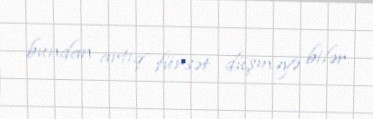
bundan artıq fürsət düşməyə bilər.